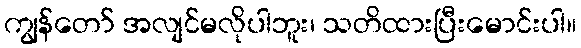
ကျွန်တော် အလျင်မလိုပါဘူး၊ သတိထားပြီးမောင်းပါ။